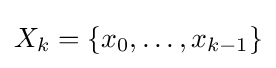
X_{k}=\{x_{0},\ldots ,x_{k-1}\}